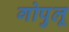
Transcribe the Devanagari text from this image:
गोपुलू